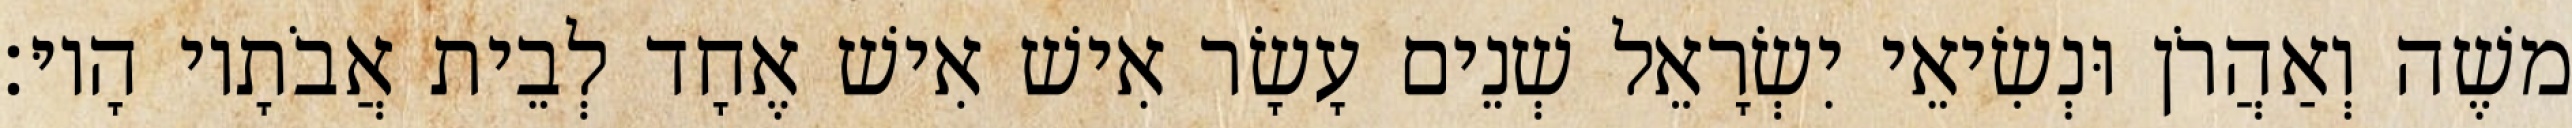
משֶׁה וְאַהֲרֹן וּנְשִׂיאֵי יִשְׂרָאֵל שְׁנֵים עָשָׂר אִישׁ אִישׁ אֶחָד לְבֵית אֲבֹתָיו הָיוּ׃